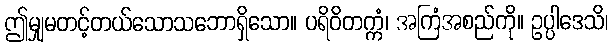
ဤမျှမတင့်တယ်သောသဘောရှိသော။ ပရိဝိတက္ကံ၊ အကြံအစည်ကို။ ဥပ္ပါဒေသိ၊